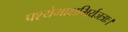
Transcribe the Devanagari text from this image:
पश्येमाक्षभिर्यजत्राः।